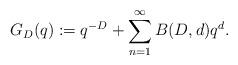
LaTeX: \begin{align*}G_D(q) := q^{-D} + \sum_{n=1}^\infty B(D,d)q^d.\end{align*}